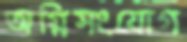
অগ্নিসংযোগ